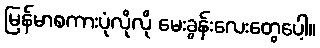
မြန်မာစကားပုံလိုလို မေးခွန်းလေးတွေပေါ့။